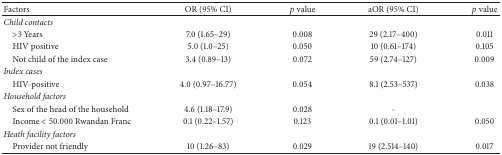
<table><thead><tr><td><b>Factors</b></td><td><b>OR (95% CI)</b></td><td><b><i>p</i> value</b></td><td><b>aOR (95% CI)</b></td><td><b><i>p</i> value</b></td></tr></thead><tbody><tr><td><i>Child contacts</i></td><td> </td><td> </td><td> </td><td> </td></tr><tr><td> &gt;3 Years</td><td>7.0 (1.65–29)</td><td>0.008</td><td>29 (2.17–400)</td><td>0.011</td></tr><tr><td> HIV positive</td><td>5.0 (1.0–25)</td><td>0.050</td><td>10 (0.61–174)</td><td>0.105</td></tr><tr><td> Not child of the index case</td><td>3.4 (0.89–13)</td><td>0.072</td><td>59 (2.74–127)</td><td>0.009</td></tr><tr><td><i>Index cases</i></td><td> </td><td> </td><td> </td><td> </td></tr><tr><td> HIV-positive</td><td>4.0 (0.97–16.77)</td><td>0.054</td><td>8.1 (2.53–537)</td><td>0.038</td></tr><tr><td><i>Household factors</i></td><td> </td><td> </td><td> </td><td> </td></tr><tr><td> Sex of the head of the household</td><td>4.6 (1.18–17.9)</td><td>0.028</td><td>-</td><td> </td></tr><tr><td> Income &lt; 50.000 Rwandan Franc</td><td>0.1 (0.22–1.57)</td><td>0.123</td><td>0.1 (0.01–1.01)</td><td>0.050</td></tr><tr><td><i>Heath facility factors</i></td><td> </td><td> </td><td> </td><td> </td></tr><tr><td> Provider not friendly</td><td>10 (1.26–83)</td><td>0.029</td><td>19 (2.514–140)</td><td>0.017</td></tr></tbody></table>